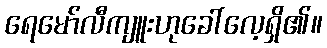
ရေမော်လီကျူးဟုခေါ်လေ့ရှိ၏။